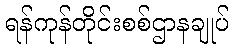
ရန်ကုန်တိုင်းစစ်ဌာနချုပ်